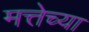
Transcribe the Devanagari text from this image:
मत्तेच्या